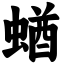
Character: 蝤